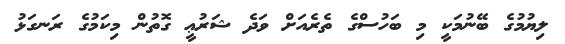
ލިޔުމުގެ ބޭނުމަކީ މި ބަހުސްގެ ތެރެއަށް ވަދެ ޝަރުޢީ ގޮތުން މިކަމުގެ ރަނގަޅު